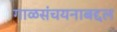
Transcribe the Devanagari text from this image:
गाळसंचयनाबद्दल